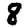
Digit: 8